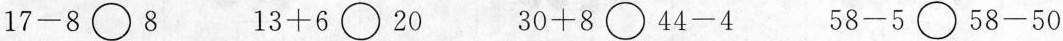
$$1 7 - 8$$ \bigcirc 8 $$1 3 + 6$$ \bigcirc 20 $$3 0 + 8$$ \bigcirc $$4 4 - 4$$ $$5 8 - 5$$ \bigcirc $$5 8 - 5 0$$